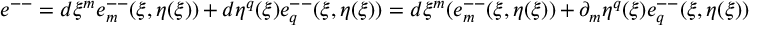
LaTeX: e ^ { -- } = d \xi ^ { m } e _ { m } ^ { -- } ( \xi , \eta ( \xi ) ) + d \eta ^ { q } ( \xi ) e _ { q } ^ { -- } ( \xi , \eta ( \xi ) ) = d \xi ^ { m } ( e _ { m } ^ { -- } ( \xi , \eta ( \xi ) ) + \partial _ { m } \eta ^ { q } ( \xi ) e _ { q } ^ { -- } ( \xi , \eta ( \xi ) )